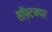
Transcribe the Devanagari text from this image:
सॉफ़्टवयर